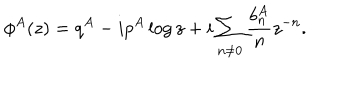
\phi ^ { A } ( z ) = q ^ { A } - i p ^ { A } \log { z } + i \sum _ { n \not = 0 } { { \frac { b _ { n } ^ { A } } { n } } z ^ { - n } } .